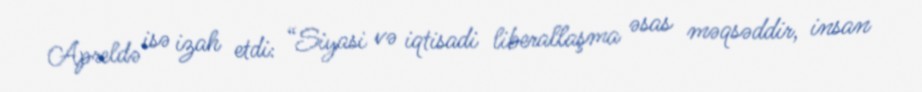
Apreldə isə izah etdi: “Siyasi və iqtisadi liberallaşma əsas məqsəddir, insan